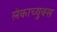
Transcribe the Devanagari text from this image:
लेकाच्युक्स